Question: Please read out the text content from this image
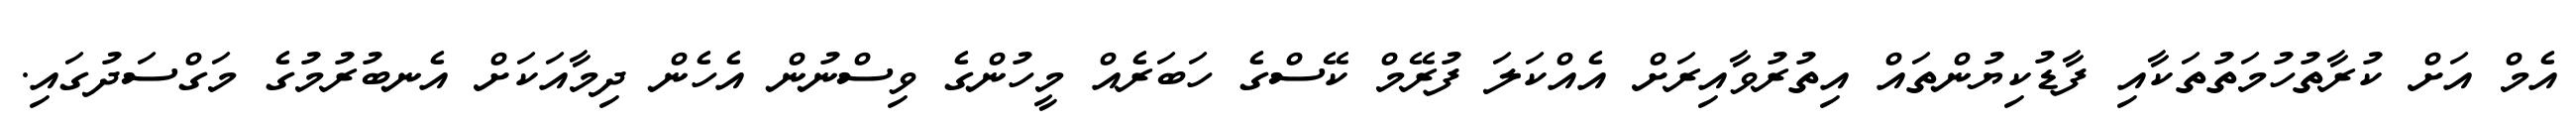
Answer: އެމް އަށް ކުރާތުހުމަތުތަކާއި ފާޑުކިޔުންތައް އިތުރުވާއިރަށް އެއްކަލަ ފުރޭމް ކޭސްގެ ހަބަރެއް މީހުންގެ ވިސްނުން އެހެން ދިމާއަކަށް އެނބުރުމުގެ މަގްސަދުގައި.